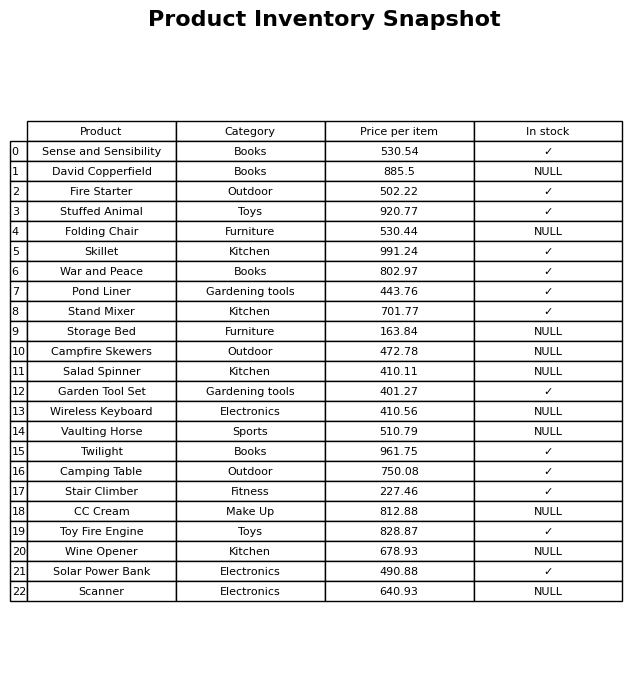
question: What category does the Garden Tool Set belong to?
answer: Gardening tools